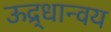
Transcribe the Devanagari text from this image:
ऊद्र्धान्वय